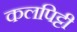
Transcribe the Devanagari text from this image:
कलपिट्टी